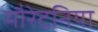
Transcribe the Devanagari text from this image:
मौरेटनिया